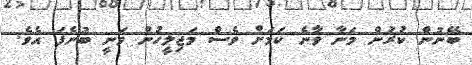
ބޭނުން ކުރުން މަނާ ވާނެ ކަމަށް ވެސް މަޖިލީހުން ވަނީ ބުނެފަ އެވެ.